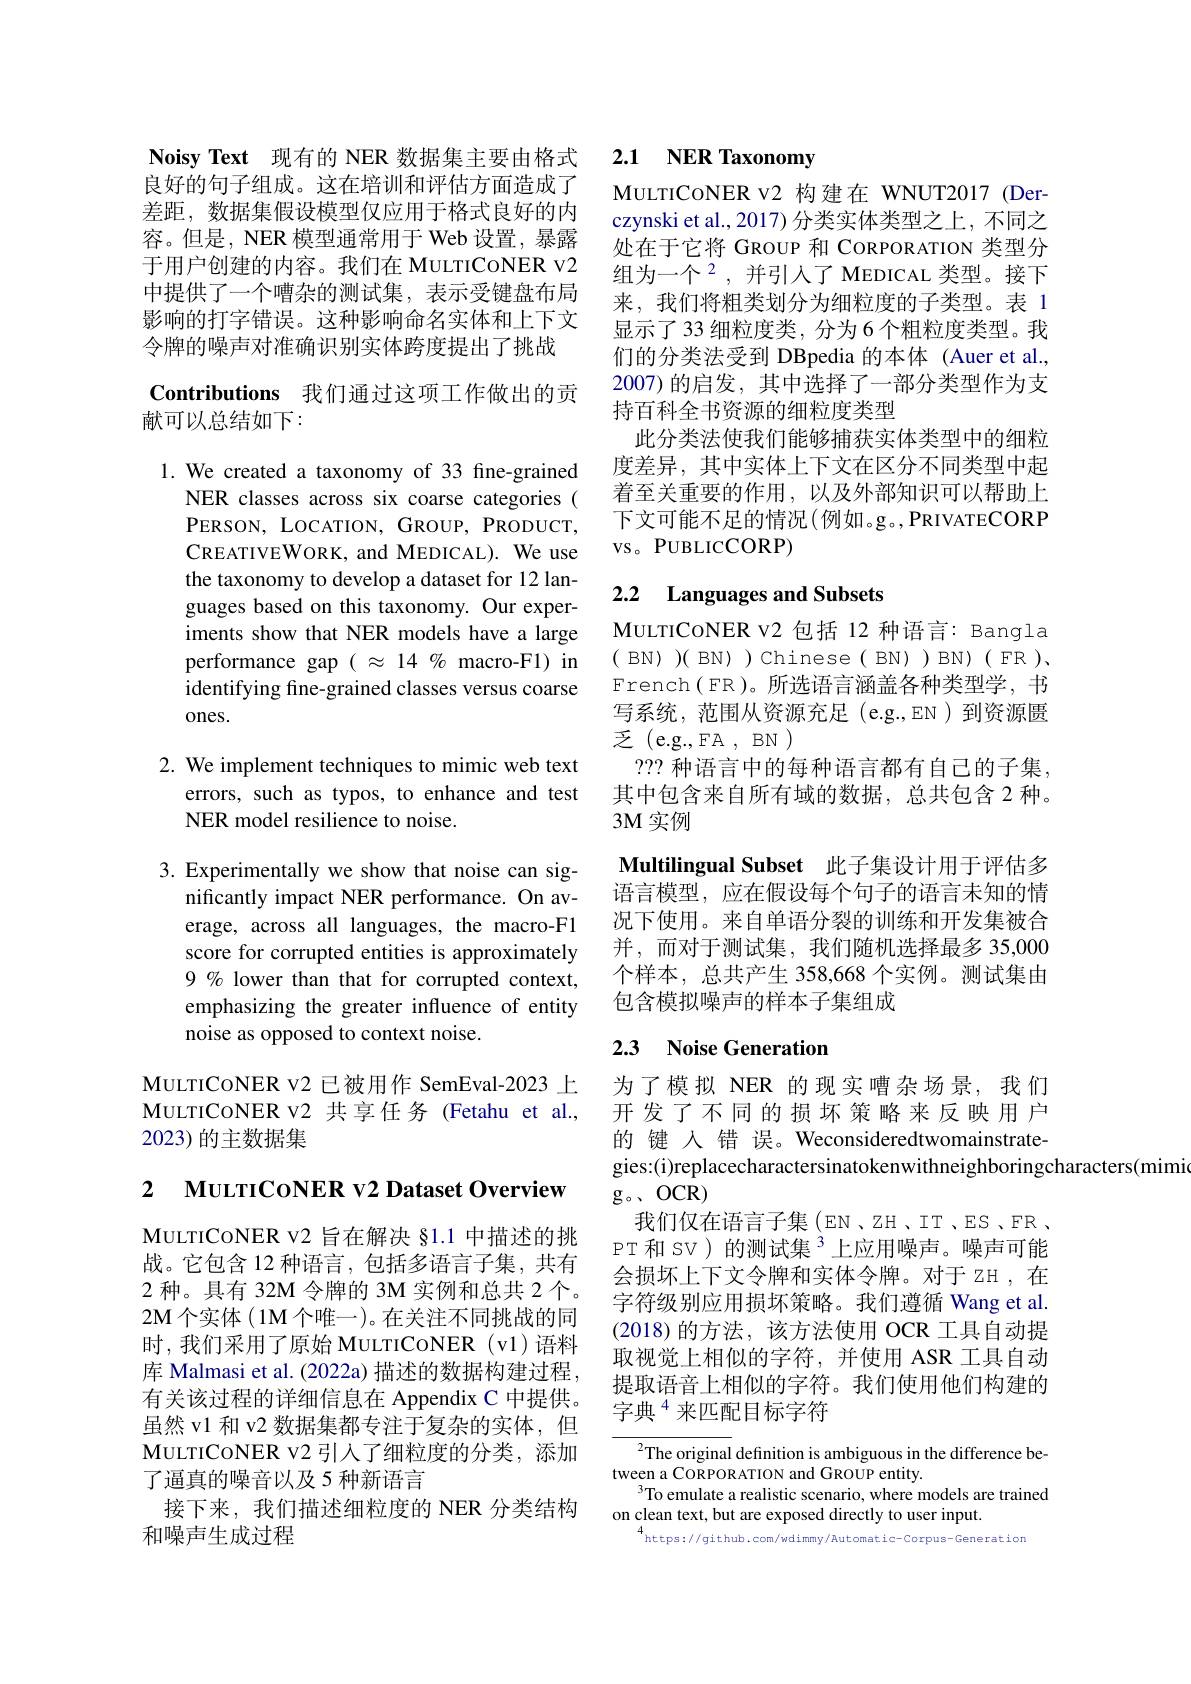
Noisy Text 现有的 NER 数据集主要由格式良好的句子组成。这在培训和评估方面造成了差距，数据集假设模型仅应用于格式良好的内容。但是，NER 模型通常用于 Web 设置，暴露于用户创建的内容。我们在 MuLTICoNER v2中提供了一个嘈杂的测试集，表示受键盘布局影响的打字错误。这种影响命名实体和上下文令牌的噪声对准确识别实体跨度提出了挑战

## $\textbf{Contributions}$ 我们通过这项工作做出的贡献可以总结如下：

1. We created a taxonomy of 33 fine-grained
NER classes across six coarse categories ( PERSON, LOCATION, GROUP, PRODUCT, CREATIVEWORK, and MEDICAL) . We use the taxonomy to develop a dataset for 12 languages based on this taxonomy. Our experiments show that NER models have a large performance gap $(\approx14\%$ macro-F1) in identifying fine-grained classes versus coarse ones.

2. We implement techniques to mimic web text
errors, such as typos, to enhance and test
NER model resilience to noise.

3. Experimentally we show that noise can sig-
nificantly impact NER performance. On average, across all languages, the macro-F1 score for corrupted entities is approximately 9% lower than that for corrupted context, emphasizing the greater influence of entity noise as opposed to context noise.

MuLTICONER v2 已被用作 SemEval-2023 上MuLTICONER v2 共享任务 (Fetahu et al., 2023)的主数据集

2 $\textbf{MULTICONER V2 Dataset Overview}$

MuLTICoNER v2 旨在解决 §1.1 中描述的挑战。它包含 12 种语言，包括多语言子集，共有2种。具有 32M 令牌的 3M 实例和总共 2 个。2M 个实体 ( 1M 个唯一)。在关注不同挑战的同时，我们采用了原始 MULTICONER(v1)语料库 Malmasi et al. (2022a) 描述的数据构建过程， 有关该过程的详细信息在 Appendix C 中提供。虽然 v1 和 v2 数据集都专注于复杂的实体，但MuLTICoNER v2 引入了细粒度的分类，添加了逼真的噪音以及5 种新语言
接下来，我们描述细粒度的 NER 分类结构
和噪声生成过程

## 2.1 NER Taxonomy

MULTICONER v2 构建在 WNUT2017 (Derczynski et al., 2017) 分类实体类型之上，不同之处在于它将 GROUP 和 CORPORATION 类型分组为一个$^2$, 并引人了 MEDICAL 类型。接下来，我们将粗类划分为细粒度的子类型。表 1显示了33 细粒度类，分为 6 个粗粒度类型。我们的分类法受到 DBpedia 的本体 (Auer et al., 2007)的启发，其中选择了一部分类型作为支持百科全书资源的细粒度类型
此分类法使我们能够捕获实体类型中的细粒度差异，其中实体上下文在区分不同类型中起着至关重要的作用，以及外部知识可以帮助上下文可能不足的情况(例如。g。,PRIVATECORP VS。PUBLICCORP)

# 2.2 Languages and Subsets

MULTICONER V2 包括 12 种语言：Bangla ( BN) )( BN) ) Chinese( BN)) BN)( FR), $\operatorname{French}(\operatorname{ER})$。所选语言涵盖各种类型学，书写系统，范围从资源充足(e.g.,EN)到资源匮${\text{乏(e.g., FA}},{\mathrm{BN}})$
??? 种语言中的每种语言都有自己的子集， 其中包含来自所有域的数据，总共包含 2 种。3M 实例
Multilingual Subset 此子集设计用于评估多语言模型，应在假设每个句子的语言未知的情况下使用。来自单语分裂的训练和开发集被合并，而对于测试集，我们随机选择最多 35,000个样本，总共产生 358,668 个实例。测试集由包含模拟噪声的样本子集组成

## 2.3 Noise Generation

为了模拟 NER 的现实嘈杂场景，我们开发了不同的损坏策略来反映用户的 键 人 错 误。Weconsideredtwomainstrategies:(i)replacecharactersinatokenwithneighboringcharacters(mimingerandingenters(mimingerandingerandingerandingerandingerandingerandingerandingerandingerandingerandingerandingerandingerangerandingerandingerandingerandingerandingerandingerandingerandingera
g。、OCR)
我们仅在语言子集 (EN 、ZH 、IT 、ES 、ER , PT 和 SV ) 的测试集$^{3}$上应用噪声。噪声可能会损坏上下文令牌和实体令牌。对于 zH ,在字符级别应用损坏策略。我们遵循 Wang et al. (2018)的方法，该方法使用 OCR 工具自动提取视觉上相似的字符，并使用 ASR 工具自动提取语音上相似的字符。我们使用他们构建的字典$^{4}$来匹配目标字符

$^{2}$The original definition is ambiguous in the difference be-
tween a CORPORATION and GROUP entity.
To emulate a realistic scenario, where models are trained
on clean text, but are exposed directly to user input.

$^{4}$https://github.com/wdimmy/Automatic-Corpus-Generatior